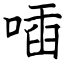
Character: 喢